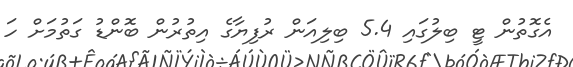
އެގޮތުން ޓީ ބިލުގައި 5.4 ބިލިއަން ރުފިޔާގެ އިތުރުން ބޮންޑު ގަތުމަށް ހަ